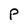
Character: P